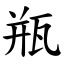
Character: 瓶